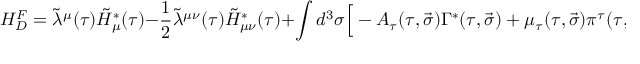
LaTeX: H _ { D } ^ { F } = \tilde { \lambda } ^ { \mu } ( \tau ) \tilde { H } _ { \mu } ^ { * } ( \tau ) - \frac 1 2 \tilde { \lambda } ^ { \mu \nu } ( \tau ) \tilde { H } _ { \mu \nu } ^ { * } ( \tau ) + \int { d ^ { 3 } \sigma \Big [ - A _ { \tau } ( \tau , \vec { \sigma } ) \Gamma ^ { * } ( \tau , \vec { \sigma } ) + \mu _ { \tau } ( \tau , \vec { \sigma } ) \pi ^ { \tau } ( \tau , \vec { \sigma } ) \Big ] } ,